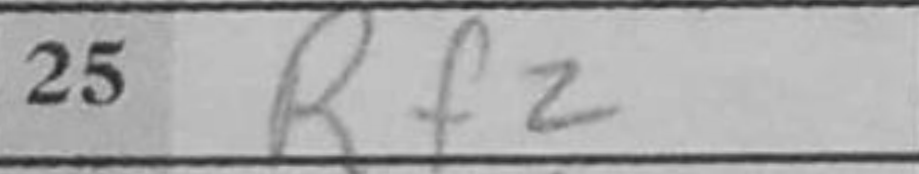
Transcription: Rf2